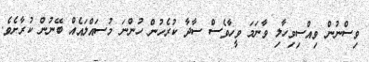
ވިސްނުން ވިއްސިވިހާލި ވާނަމަ ވީހާވެސް ސާދާ ކުރެހުން ހުންނަ މުސައްލައެއް ބޭނުން ކުރާށެވެ.